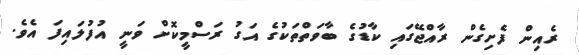
ރެއިން ފެށިގެން ރާއްޖޭގައި ކާޑުގެ ބާވަތްތަކުގެ އަގު ރަސްމީކޮށް ވަނީ އުފުލައިފަ އެވެ.